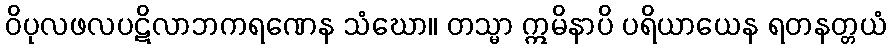
ဝိပုလဖလပဋိလာဘကရဏေန သံဃော။ တသ္မာ ဣမိနာပိ ပရိယာယေန ရတနတ္တယံ